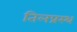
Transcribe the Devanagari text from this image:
तिलप्रस्थ